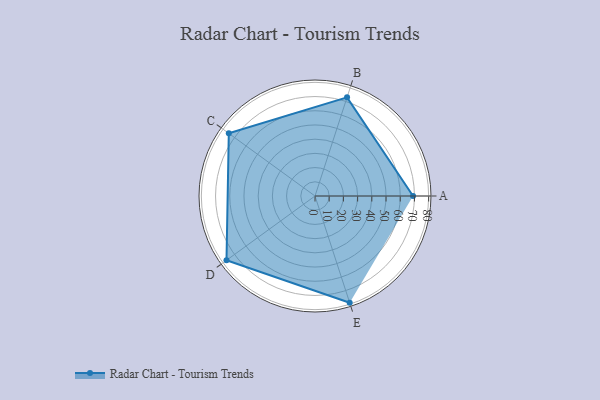
{"axis": {"x": "Skill", "y": "Score"}, "legend": ["Profile"], "data": [{"x": "A", "y": 69.0, "type": "Profile"}, {"x": "B", "y": 73.0, "type": "Profile"}, {"x": "C", "y": 75.0, "type": "Profile"}, {"x": "D", "y": 77.0, "type": "Profile"}, {"x": "E", "y": 79.0, "type": "Profile"}]}